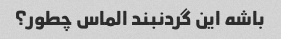
باشه این گردنبند الماس چطور؟